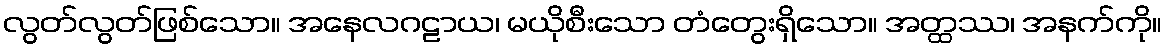
လွတ်လွတ်ဖြစ်သော။ အနေလဂဠာယ၊ မယိုစီးသော တံတွေးရှိသော။ အတ္ထဿ၊ အနက်ကို။